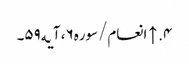
۴. ↑ انعام/سوره۶، آیه۵۹۔